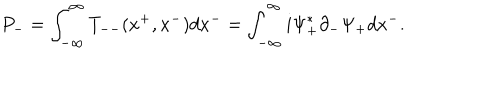
P _ { - } = \int _ { - { \infty } } ^ { \infty } T _ { -- } ( x ^ { + } , x ^ { - } ) d x ^ { - } = \int _ { - { \infty } } ^ { \infty } i { \Psi } _ { + } ^ { \ast } { \partial } _ { - } { \Psi } _ { + } d x ^ { - } .